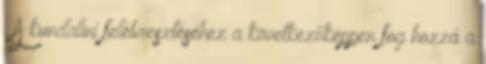
. A kundaliní felébresztéséhez a következőképpen fog hozzá a